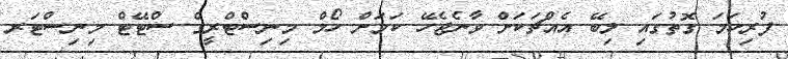
ފުރިހަމަ ގޮތުގައި ލިބޭ އެއްޗަކަށް ވާނެޖެހޭ ކަމަށް ހޯމް މިނިސްޓްރީގެ ސްޓޭޓް މިނިސްޓަރ